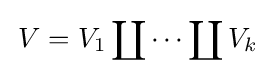
\,V=V_{1}\coprod \cdots \coprod V_{k}